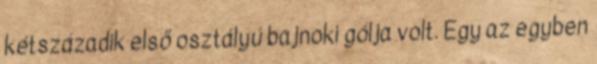
kétszázadik első osztályú bajnoki gólja volt. Egy az egyben